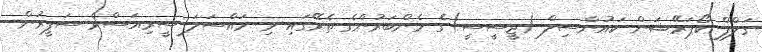
ގަލްފް ކޯޕަރޭޝަން ކައުންސިލް (ޖީސީސީ)ގެ މެންބަރުންގެ ތެރޭގައި މި މައްސަލަ ސީރިއަސްވެ ސަފީރުން